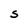
Character: S